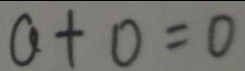
a + 0 = 0